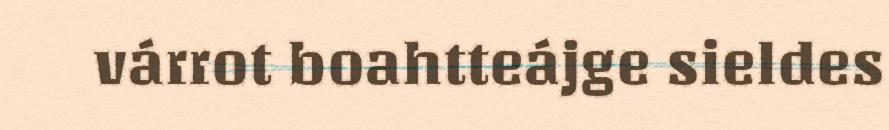
várrot boahtteájge sieldes